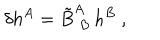
\delta h ^ { A } = \tilde { B } _ { \; B } ^ { A } \, h ^ { B } \ ,